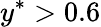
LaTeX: y^{\ast}>0.6